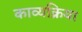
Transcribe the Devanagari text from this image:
काव्यक्रिया